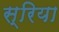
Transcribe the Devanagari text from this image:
स्रिया